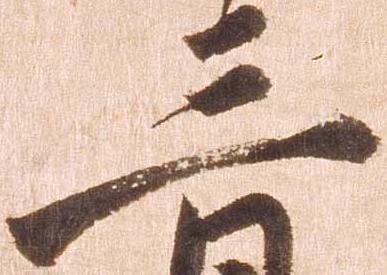
三